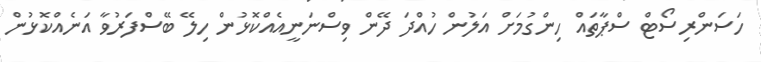
ހަސަންރިސޯޓް ސްޕާތައް ހިންގުމަށް އަލުން ހުއްދަ ދޭން ވިސްނަނީއެއްކޮޅުން ހިލޭ ބޭސްފަރުވާ އަނެއްކޮޅުން